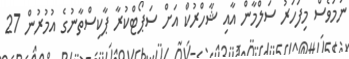
ނަމަވެސް މިފަހަރު ސަލްމާން އާއި ޝާހްރުކް އަށް ސަޕޯޓްކުރާ ޕާކިސްތާނުގެ އުމުރުން 27